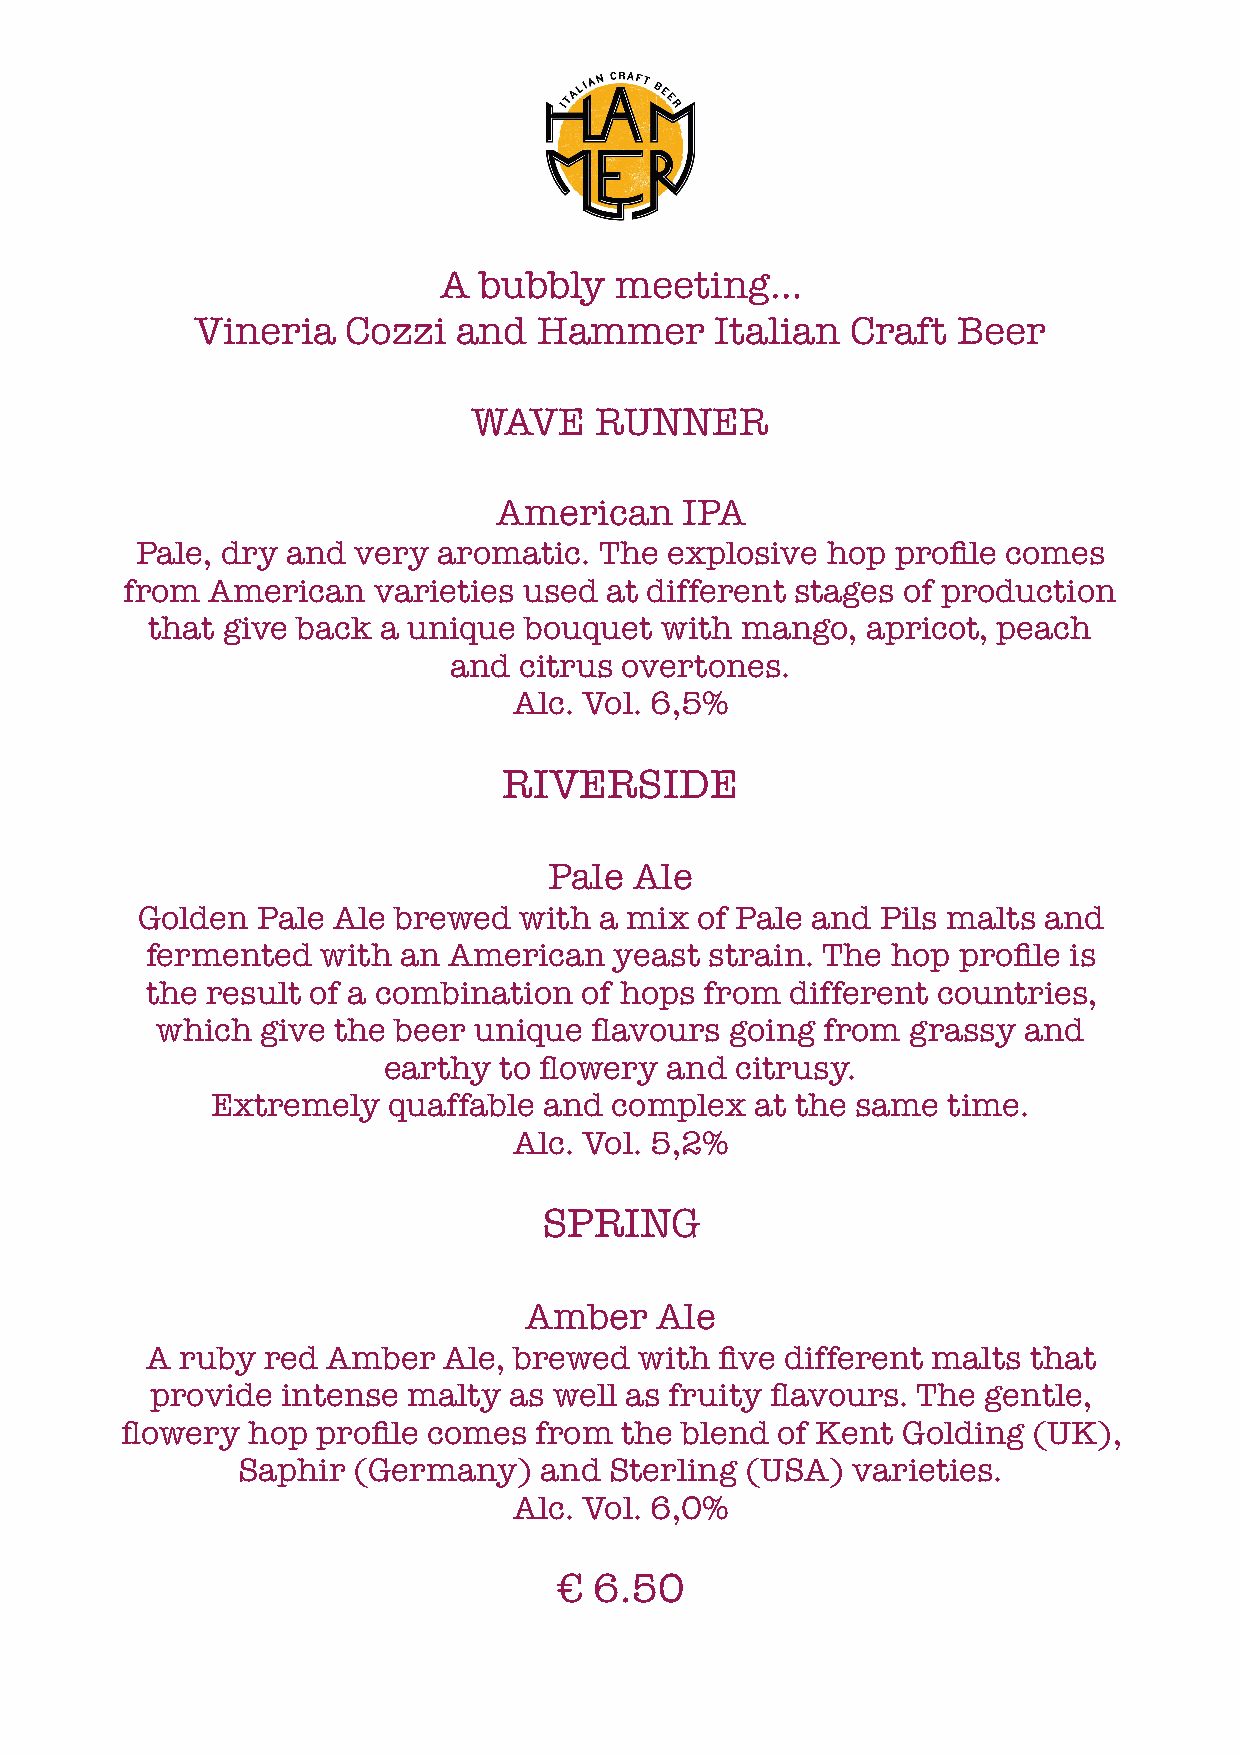
A  bubbly   meeting…
 Vineria   Cozzi  and   Hammer     Italian  Craft  Beer
 WAVE    RUNNER
 American    IPA
 Pale, dry and very  aromatic.  The explosive  hop profile comes
 from  American   varieties used at different stages of production
 that give back a unique  bouquet  with mango,  apricot, peach
 and citrus overtones.
 Alc. Vol. 6,5%
 RIVERSIDE
 Pale  Ale
 Golden  Pale Ale brewed  with  a mix of Pale and Pils malts and
 fermented  with an  American   yeast strain. The hop profile is
 the result of a combination of hops  from different countries,
 which  give the beer unique  flavours going from  grassy  and
 earthy  to flowery and  citrusy.
 Extremely   quaffable and complex   at the same  time.
 Alc. Vol. 5,2%
 SPRING
 Amber   Ale
 A ruby red  Amber  Ale, brewed  with  five different malts that
 provide  intense malty  as well as fruity flavours. The gentle,
 flowery hop  profile comes from  the blend of Kent  Golding (UK),
 Saphir (Germany)    and Sterling (USA)  varieties.
 Alc. Vol. 6,0%
 € 6.50